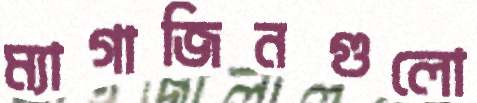
ম্যাগাজিনগুলো